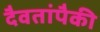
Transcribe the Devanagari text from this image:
दैवतांपैकी